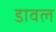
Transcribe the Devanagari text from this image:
डावल